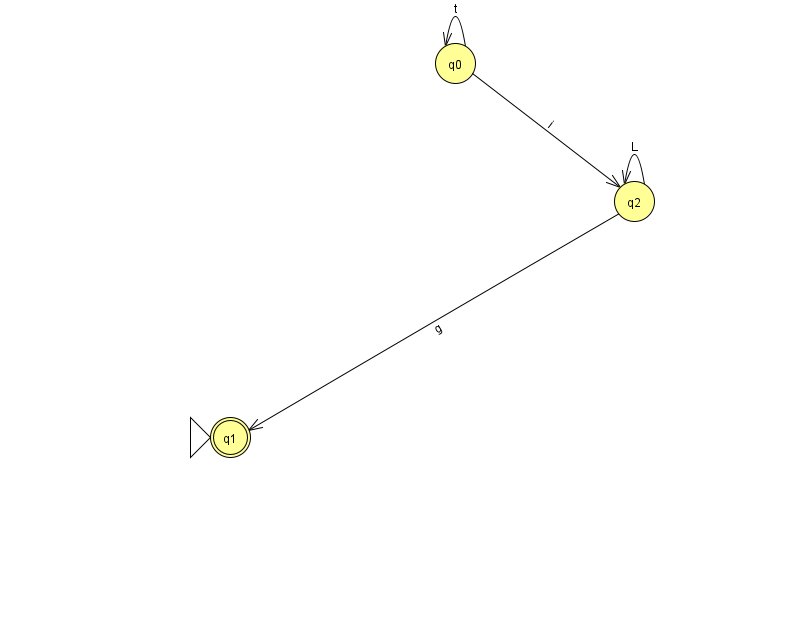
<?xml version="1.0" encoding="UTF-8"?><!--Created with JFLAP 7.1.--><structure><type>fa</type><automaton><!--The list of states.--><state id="0" name="q0"><x>455.0</x><y>50.0</y></state><state id="1" name="q1"><x>230.0</x><y>424.0</y><initial/><final/></state><state id="2" name="q2"><x>634.0</x><y>188.0</y></state><!--The list of transitions.--><transition><from>0</from><to>0</to><read>t</read></transition><transition><from>0</from><to>2</to><read>i</read></transition><transition><from>2</from><to>1</to><read>g</read></transition><transition><from>2</from><to>2</to><read>L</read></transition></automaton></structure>